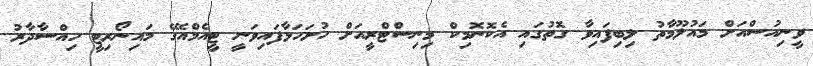
ވީނިއުސްއަށް މައުލޫމާތު ލިބިފައިވާ ގޮތުގައި އެކޮނޮމިކް މިނިސްޓްރީއަށް ހުށަހަޅާފައިވަނީ ޓީއެމްއޭގެ މައިނޯރިޓީ ހިއްސާދާރު